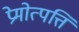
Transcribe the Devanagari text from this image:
प्रेमोत्पत्ति